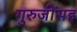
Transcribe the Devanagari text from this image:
गुरुजींसह